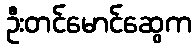
ဦးတင်မောင်ဆွေက